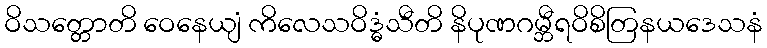
ဝိသတ္တောတိ ဝေနေယျံ ကိလေသဝိဒ္ဓံသီတိ နိပုဏဂမ္ဘီရဝိစိတြနယဒေသနံ